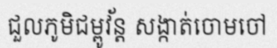
ជួលភូមិជម្ពូវ័ន្ត សង្កាត់ចោមចៅ